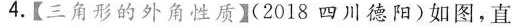
4.【三角形的外角性质】(2018四川德阳)如图，直